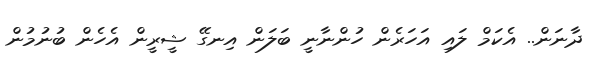
ދާނަން.. އެކަމް ލައި އަހަރެން ހުންނާނީ ބަލަން އިނގޭ ޝީރީން އެހެން ބުނުމުން